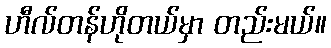
ဟီလ်တန်ဟိုတယ်မှာ တည်းမယ်။